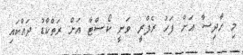
މި ހާދިސާ އަށް ފަހު ރެފްރީ ވަނީ ކޯސްޓާ އަށް ރަތްކާޑު ދައްކައި